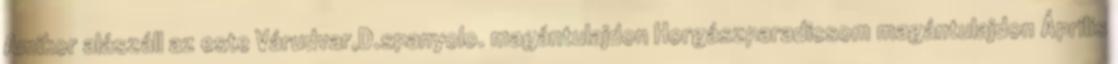
Amikor alászáll az este Várudvar,D.spanyolo. magántulajdon Horgászparadicsom magántulajdon Április